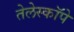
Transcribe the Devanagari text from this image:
तेलेस्कॉपे